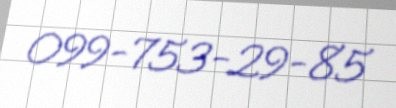
099-753-29-85